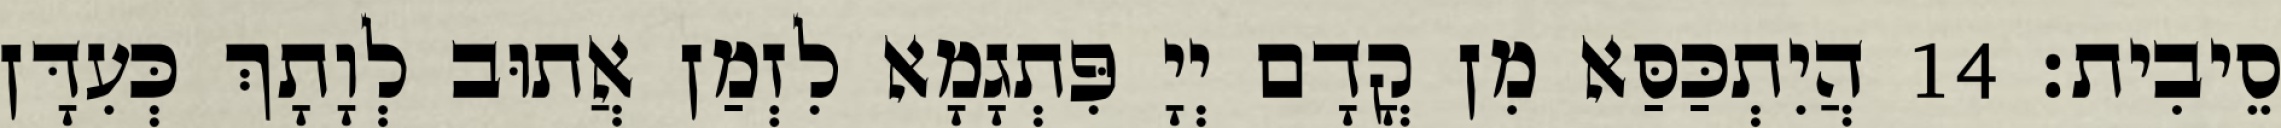
סֵיבִית׃ 14 הֲיִתְכַּסַּא מִן קֳדָם יְיָ פִּתְגָמָא לִזְמַן אֲתוּב לְוָתָךְ כְּעִדָּן